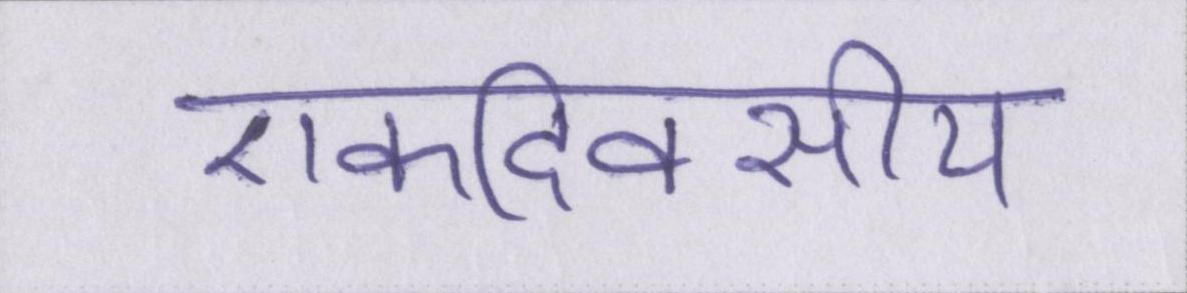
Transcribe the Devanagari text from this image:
एकदिवसीय